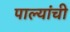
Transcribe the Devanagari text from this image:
पाल्यांची